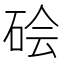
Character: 𬒊